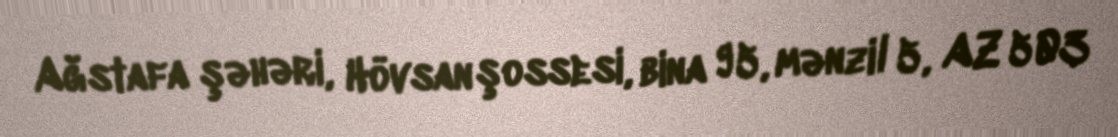
Ağstafa şəhəri, Hövsan şossesi, bina 95, mənzil 5, AZ 503